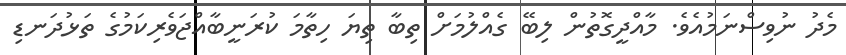
މެދު ނުވިސްްނަމުއެވެ. މާއްދީގޮތުން ލިބޭ ގެއްލުމަށް ތިބާ ތިޔަ ހިތާމަ ކުރަނީބާއްޖަވެރިކަމުގެ ތަޅުދަނޑި